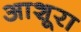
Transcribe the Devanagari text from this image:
आशूरा